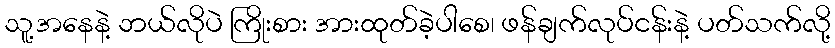
သူ့အနေနဲ့ ဘယ်လိုပဲ ကြိုးစား အားထုတ်ခဲ့ပါစေ၊ ဖန်ချက်လုပ်ငန်းနဲ့ ပတ်သက်လို့